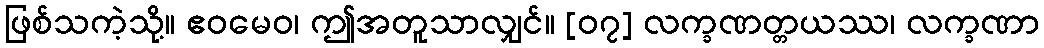
ဖြစ်သကဲ့သို့။ ဧဝမေဝ၊ ဤအတူသာလျှင်။ [၀၇] လက္ခဏတ္တယဿ၊ လက္ခဏာ